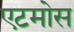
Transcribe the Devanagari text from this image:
एटमोस